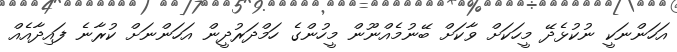
އަހަންނަކީ ނުކުޅެދޭ މީހަކަށް ވާކަށް ބޭނުމެއްނޫން މީހުންގެ ހަމްދަރުދީން އަހަންނަށް ކުރާނެ ފައިދާއެއް